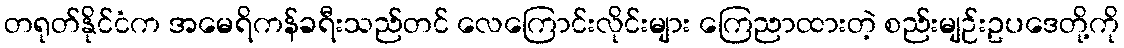
တရုတ်နိုင်ငံက အမေရိကန်ခရီးသည်တင် လေကြောင်းလိုင်းများ ကြေညာထားတဲ့ စည်းမျဉ်းဥပဒေတို့ကို